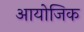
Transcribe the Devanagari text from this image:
आयोजिक